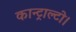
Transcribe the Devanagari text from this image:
कान्ट्राल्टो।